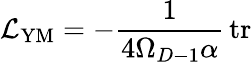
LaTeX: {\cal L}_{\mathrm{YM}}=-\frac{1}{4\Omega_{D-1}\alpha}\, \mathrm{tr}